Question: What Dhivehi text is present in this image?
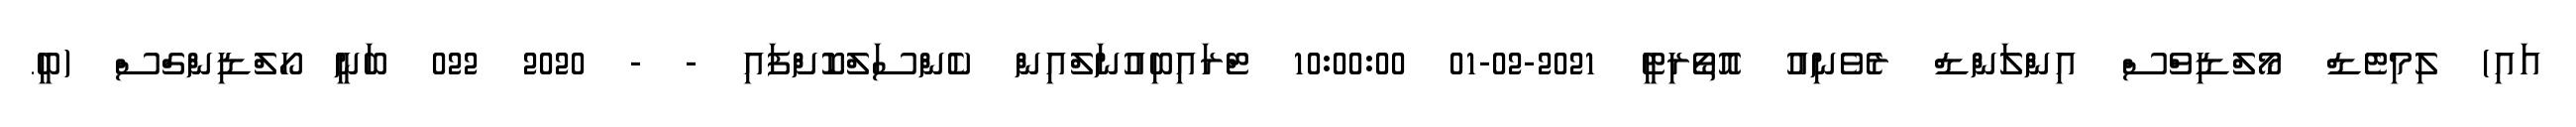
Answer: އައި) ލިމިޓެޑް މޯލްޑިވްސް އިންލަންޑް ރެވެނިއު އޮތޯރިޓީ 2021-02-01 10:00:00 ޓްރައިބިއުނަލްއިން ކެންސަލްކޮށްފައި - - 2020 022 ބަނީ ހޯލްޑިންގްސް (ބީ.